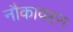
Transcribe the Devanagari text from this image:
नौकावहन